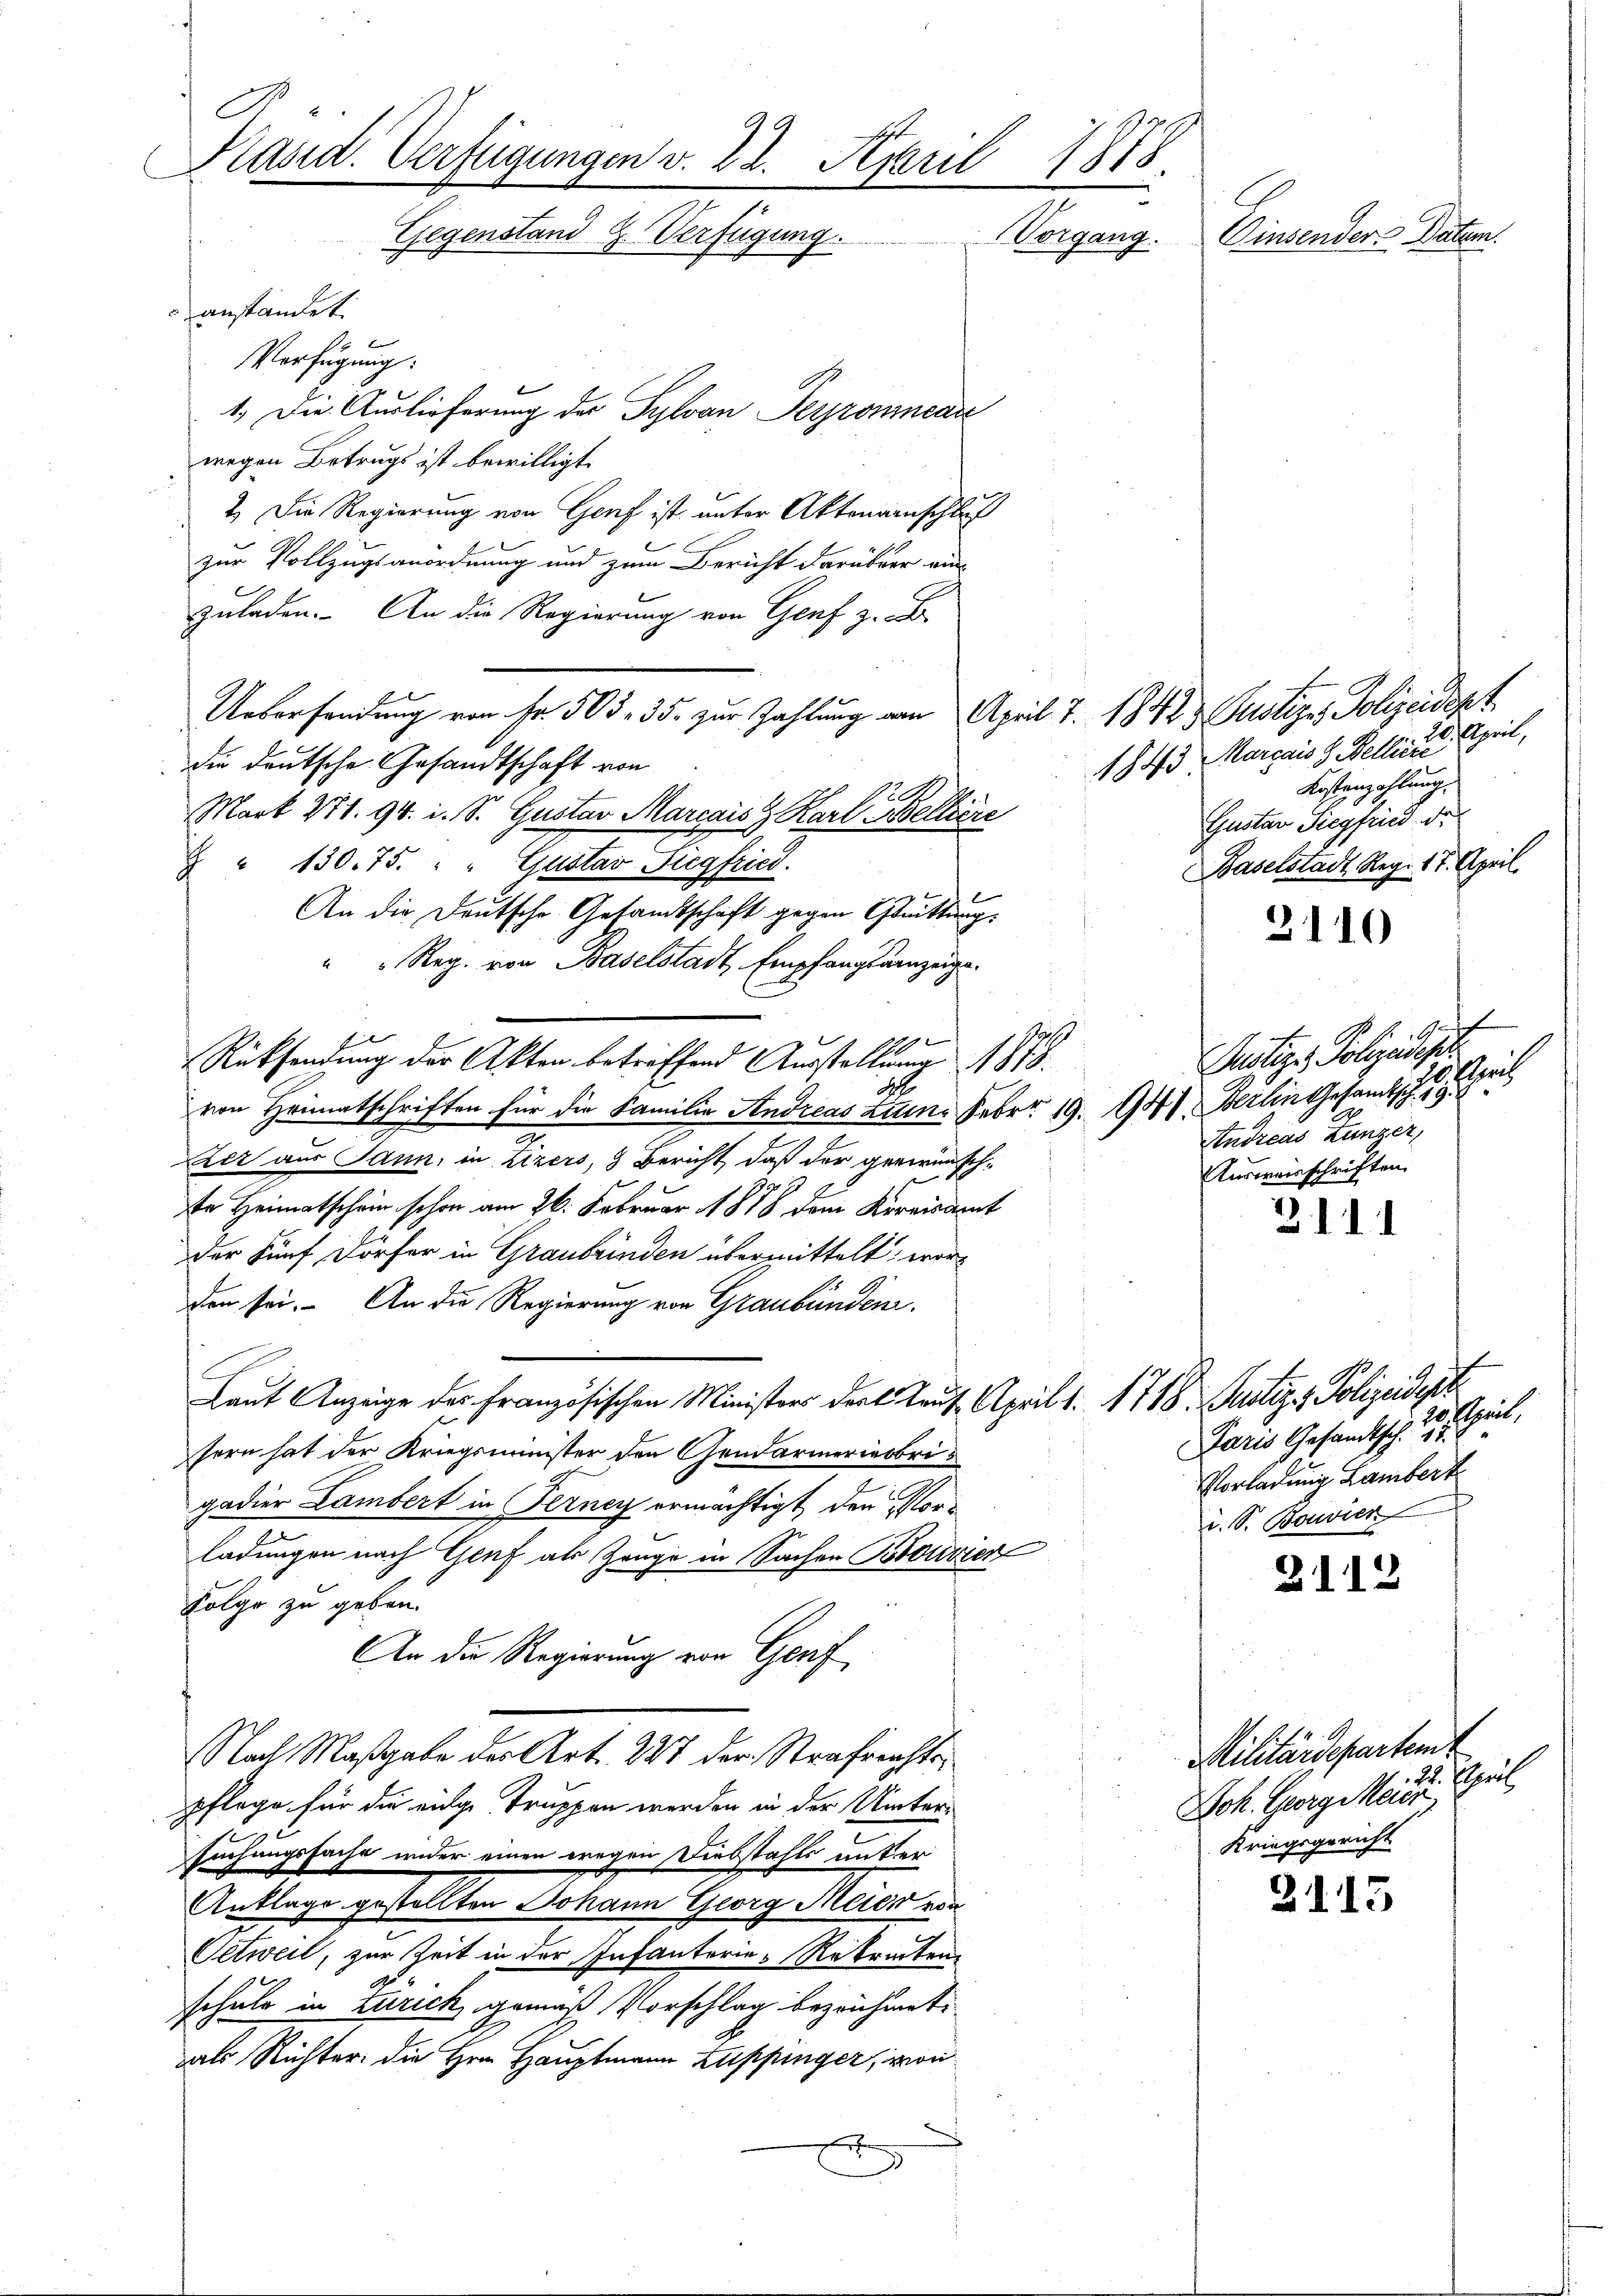
F
Käsid. Verfügungen v. 22. April
118
C
Gegenstand Z. Verfügung.
Vorgang.
Einsender Datum.
anstandet.

6 x
Verfügung:
1.) Die Auslieferung der Sylvan Perromnean
wegen Betrugs ist bewilligt.
2) Die Regierung von Genf ist unter Aktenanschluß
zur Vollzugsanordnung und zum Bericht darüber ein-
zuladen. An die Regierung von Genf z. B.
Uebersendung von Fr. 503. 35. zur Zahlung von April 7. 1812. Justiger Polizeidept
die deutsche Gesandtschaft von
Mart 271. 94. i. S. Guster Mariais. Karl Bellire
 " 130. 75. " " Gustav Siegfried.
An die Deutsche Gesamtschaft gegen Guittung.
" "Reg. von Baselstadt, Empfangsanzeige¬
2
Rücksendung der Akten betreffend Ausstellung 1878.
von Heimatschriften für die Familie Andreas zum Febr. 19. 1941. Fertin Gesamtsche
.
er aus Jann, in Zizers, 9 Bericht, daß der gewünschte Heimatschein schon am 26. Februar 1878 dem Kreisamt
der Fünf Dörfer in Graubrinden übermittelt worden sei. An die Regierung von Graubünden.
Laut Anzeige des Französischen Ministers der Laut April 1. 1718. Justiz - Polizeidest
sern hat der Kriegsminister den Gendarmeriebrigadier Lambert in Ferney ermächtigt, den Vorladungen nach Genf als Zeuge in Sachen Bouvier
Folge zu geben.
An die Regierung von Genf
Nach Maßgabe der Art. 227 der Strafrechtspflege für die einge Truppen werden in der Unterf
suchungssache wieder einen wegen Diebstahls unter
Anklage gestellten Johann Georg Meier von
Oetweil, zur Zeit in der Infanterie-Rekreten
schule in Zürich gemäß Vorschlag bezeichnete
als Richter die Hrn. Hauptmann Zuppinger, von
2

3110

31.

peil,
1843 Marcais 8. Belliere
Kostenzahlung.
Gustav Siegfried de
Baselstadt Reg. 17. April.

f
Justiz, Polizeidiger
Gerich
Andreas Lunger,
Ausweisschriften.

peil,
70.
Paris Gesandtsch. 17.
Vorladung Lambert
i. S. Bonvick

2112

2115

Militärdepartemt
 Espeil
Joh. Georg Meier
Kriegsgericht